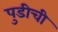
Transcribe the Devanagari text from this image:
पुडीची